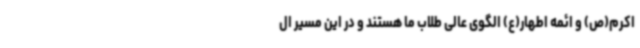
اکرم(ص) و ائمه اطهار(ع) الگوی عالی طلاب ما هستند و در این مسیر ال